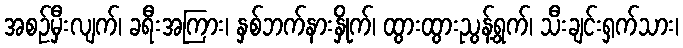
အစဉ်မှီးလျက်၊ ခရီးအကြား၊ နှစ်ဘက်နားနှိုက်၊ ထွားထွားညွန့်ရွက်၊ သီးချင်းရှက်သား၊